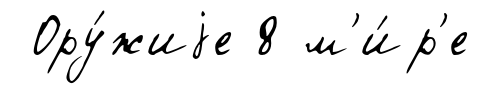
Ору́жиjе 8 м'и́р'е